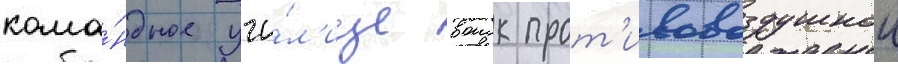
кома́ндное учи́л'ище воиск прот'ивовоздушнои